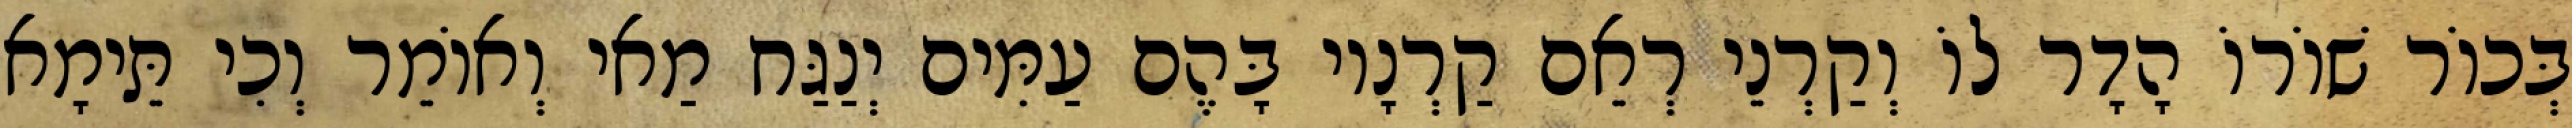
בְּכוֹר שׁוֹרוֹ הָדָר לוֹ וְקַרְנֵי רְאֵם קַרְנָיו בָּהֶם עַמִּים יְנַגַּח מַאי וְאוֹמֵר וְכִי תֵּימָא